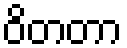
ဝိတတာ